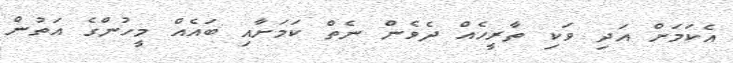
އެކަމަށް އަދި ވަކި ތާރީހެއް ދެވެން ނެތް ކަމަށާއި ބައެއް މީހުންގެ އަތުން